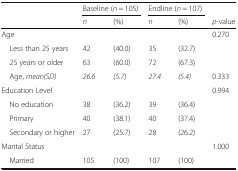
|  | <COLSPAN=2> Baseline (n = 105) | <COLSPAN=2> Endline (n = 107) |  |
 |  | n | (%) | n | (%) | p-value |
 | --- | --- | --- | --- | --- | --- |
 | <COLSPAN=5> Age | 0.270 |
 | Less than 25 years | 42 | (40.0) | 35 | (32.7) |  |
 | 25 years or older | 63 | (60.0) | 72 | (67.3) |  |
 | Age, mean(SD) | 26.6 | (5.7) | 27.4 | (5.4) | 0.333 |
 | <COLSPAN=5> Education Level | 0.994 |
 | No education | 38 | (36.2) | 39 | (36.4) |  |
 | Primary | 40 | (38.1) | 40 | (37.4) |  |
 | Secondary or higher | 27 | (25.7) | 28 | (26.2) |  |
 | <COLSPAN=5> Marital Status | 1.000 |
 | Married | 105 | (100) | 107 | (100) |  |